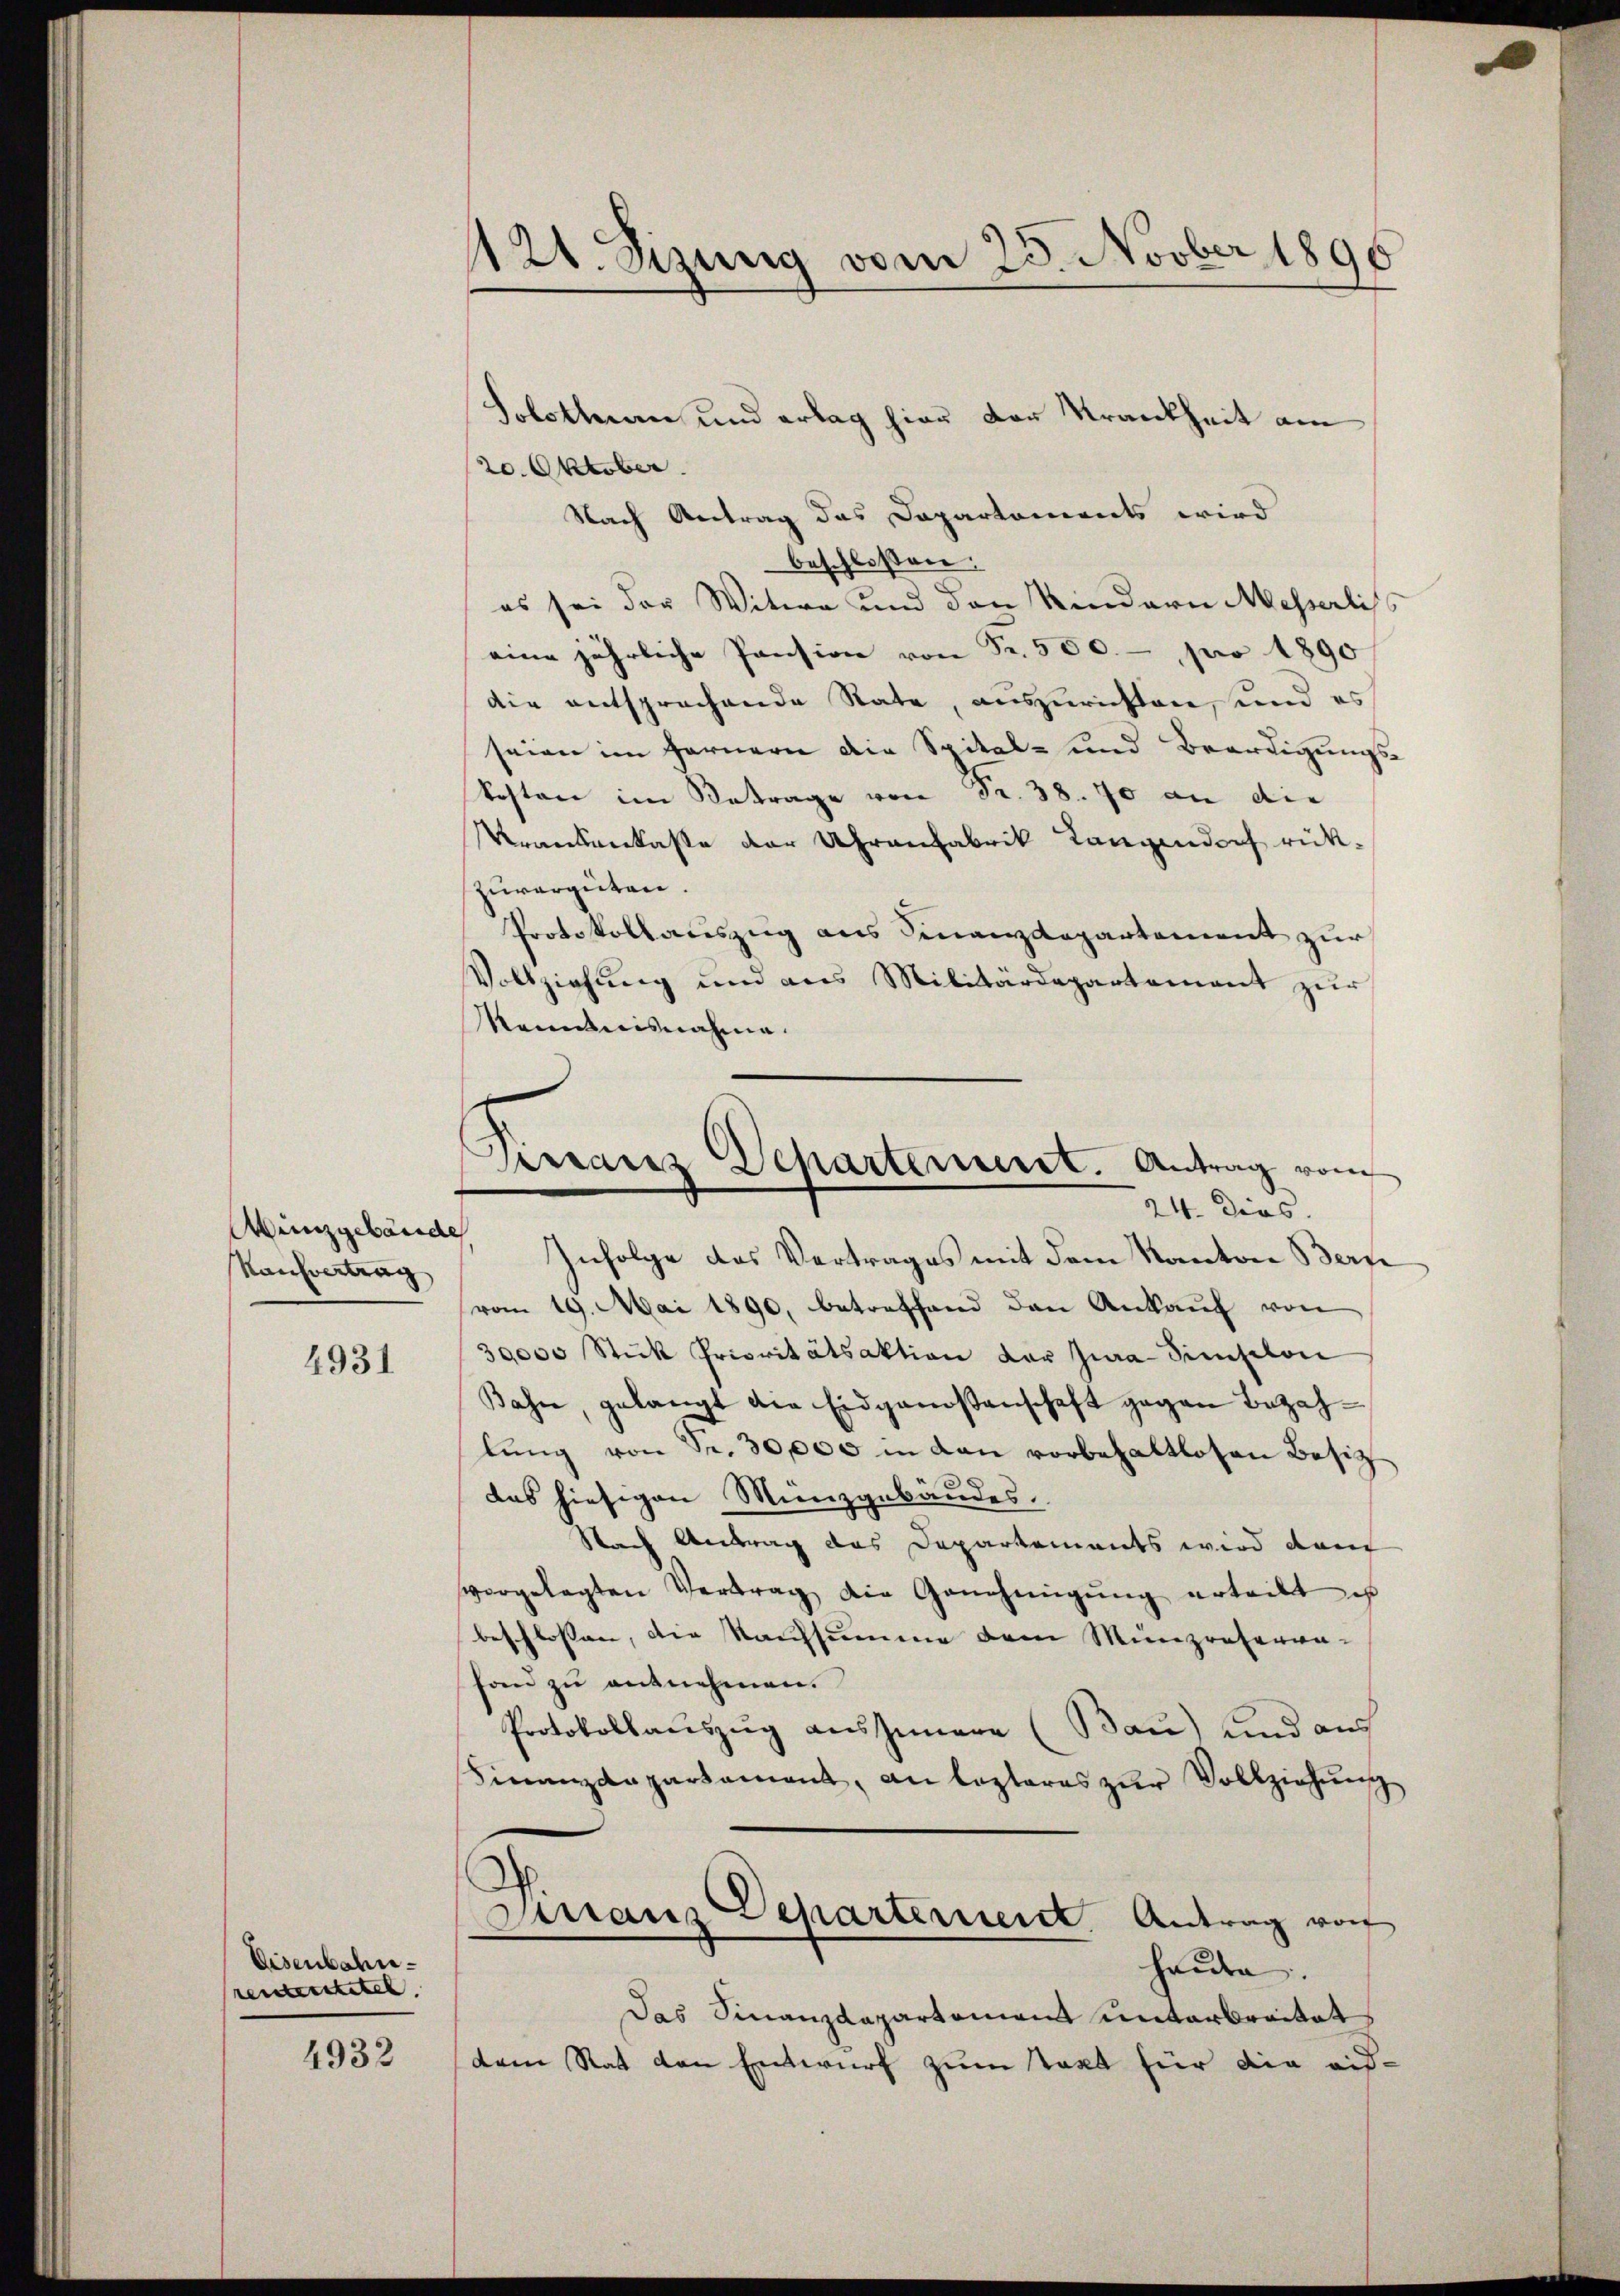
Wunzgebäude
Kaufvertrag

4931

Eisenbahnrenterstitel

4932

121. Sizung vom 23. Novber 1896

Solothurn und ertag hier der Krankheit am
20. Oktober.
Nach Antrag das Dapartements wird
beschlossen:
es sei der Witwe und den Kindern Messerliss
eine jährliche Pension von Fr. 500.- pro 1890
die entsprechende State, auszurichten, und es
seien im Fernern die Spital- und Beerdigungs-
kosten im Betrage von Fr. 38. 70 an die
Krankenkasse der Uhrenfabrik Langendorf rükzuvergüten.
Protokollauszug aus Finanzdepartement zur
Vollziehung und aus Militärdepartement zur
Rennweisnahme.
24. dies
Infolge das Vertrages mit dem Kanton Bern
vom 19. Mai 1890, betreffend den Ankaŭf von
39000 Stück Prioritätsaktion der Jura Simplon
Bahn, gelangt die Eidgenoßenschaft gegen Bezahlŭng von Fr. 30,000 in dan vorbehaltlosen Besitz
das hiesigen Münzgebäudes.
Nach Antrag des Departements wird dem
vorgelegten Vertrag die Genehmigŭng erteilt ist
beschlossen, die Kaufsumme dem Minzreferen-
fon zŭ entnehmen.
Protokollauszug aus Innere (Bau) und aus
Finanzdepartament, an lezteres zŭr Vollziehŭng
S
Franz Departernen Antrag von
heute.
Das Finanzdepartement unterbreitet
dem Rat den Entwurf zum Takt für die auf-

Pirranz Departerneret. Antrag vom